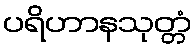
ပရိဟာနသုတ္တံ